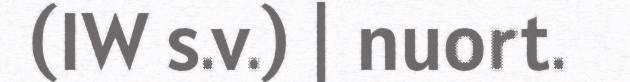
(IW s.v.) | nuort.